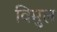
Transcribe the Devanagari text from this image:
विमुल